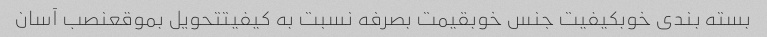
بسته بندی خوبکیفیت جنس خوبقیمت بصرفه نسبت به کیفیتتحویل بموقعنصب آسان